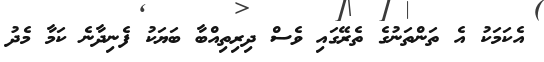
އެކަމަކު އެ ތަންތަނުގެ ތެރޭގައި ވެސް ދިރިތިއްބާ ބަޔަކު ފެނިދާނެ ކަމާ މެދު